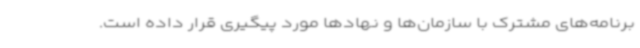
برنامه‌های مشترک با سازمان‌ها و نهادها مورد پیگیری قرار داده است.